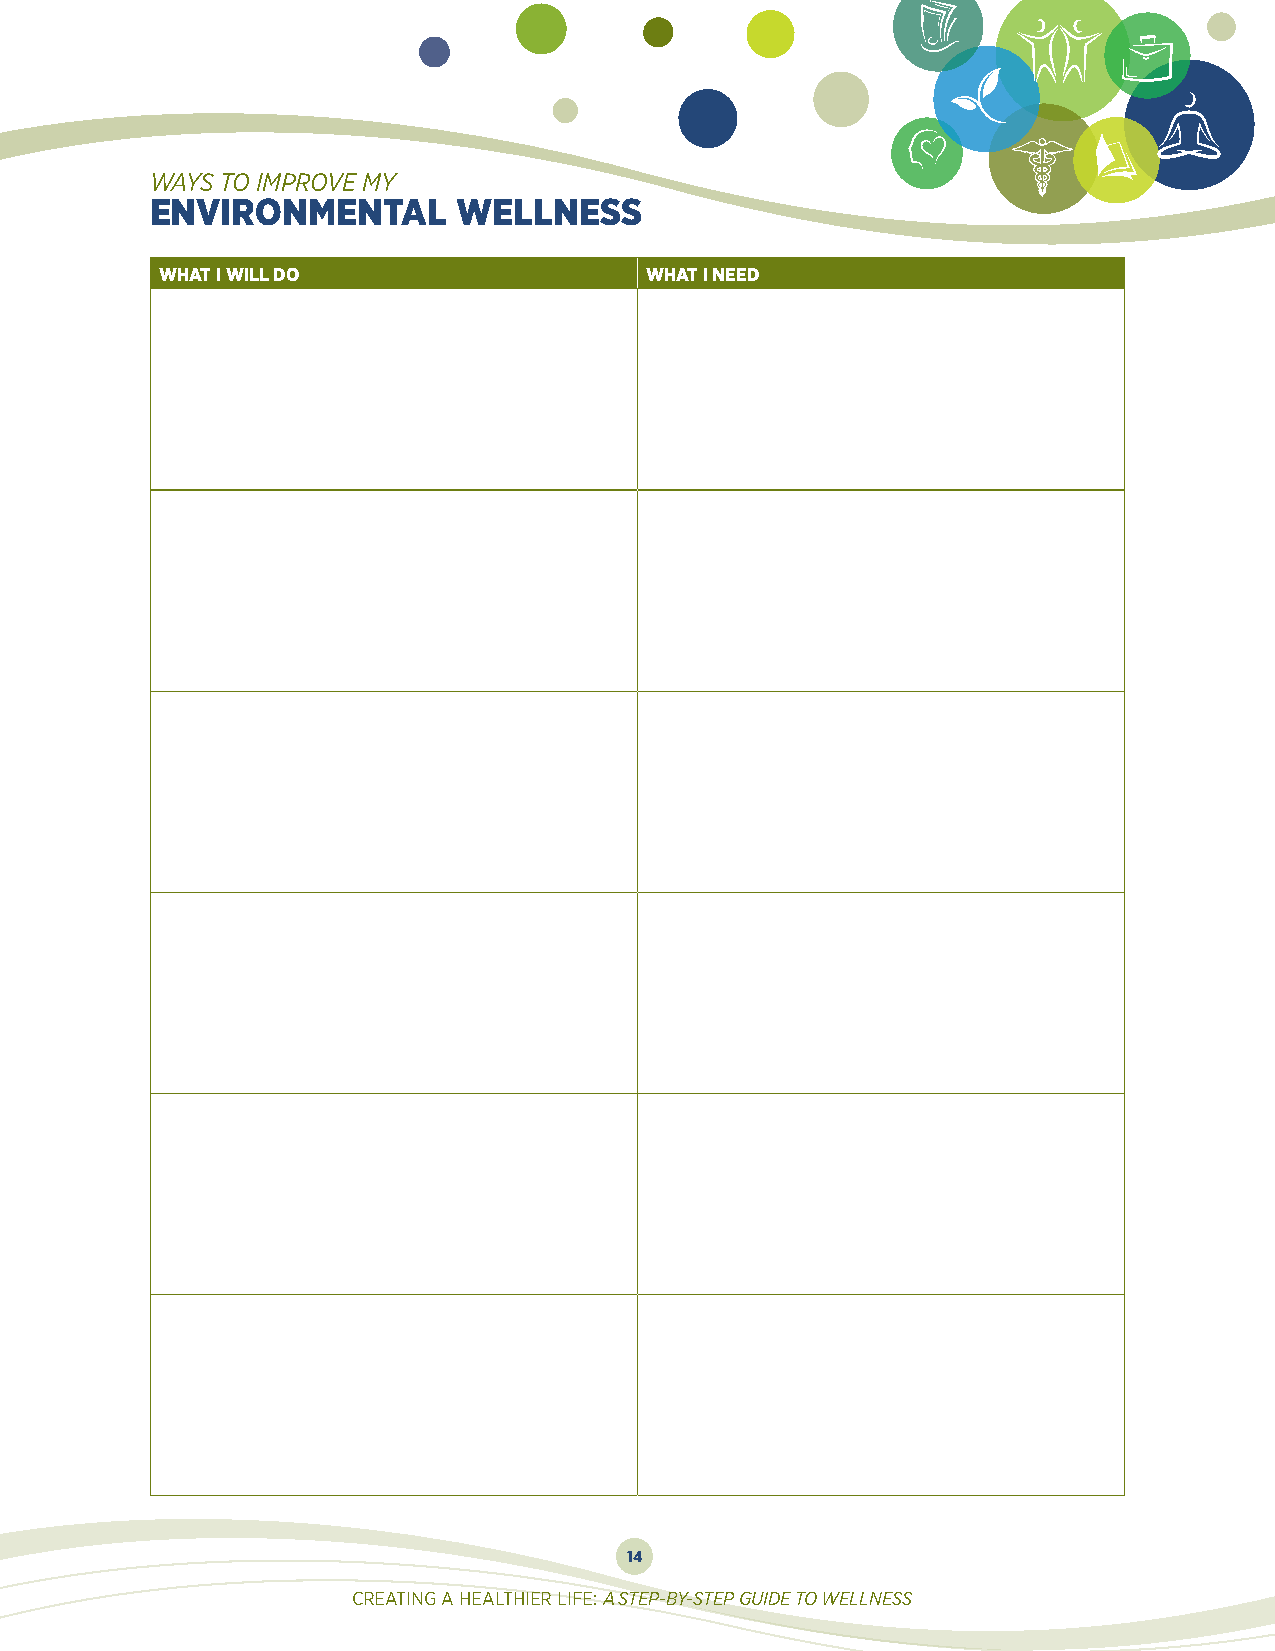
WAYS TO IMPROVE MY
 ENVIRONMENTAL       WELLNESS
 WHAT I WILL DO                  WHAT I NEED
 14
 CREATING A HEALTHIER LIFE: A STEP-BY-STEP GUIDE TO WELLNESS